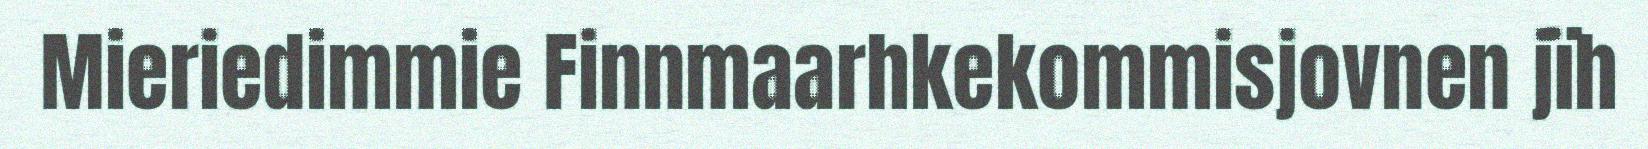
Mieriedimmie Finnmaarhkekommisjovnen jïh